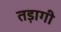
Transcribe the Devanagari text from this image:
तड़ागी